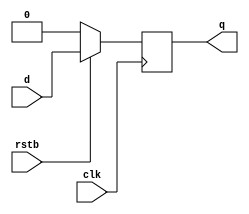
module dff (
    input d, rstb, clk,
    output reg q);

always @(posedge clk) begin
    if (!rstb)
        q <= 0;
    else
        q <= d;
end

endmodule


module tb_;

    reg clk;
    reg rstb;
    reg d;

    wire q;

    dff uut (
        .d(d),
        .rstb(rstb),
        .clk(clk),
        .q(q)
    );

    always #2 clk = ~clk;

    initial begin
        $monitor ("d=%b, rstb=%b, clk=%b, q=%b", d, rstb, clk, q);

        {clk, rstb, d} = 0;
        #2 rstb <= 1;
        #25;
        d <= 1;
        #25;
        rstb <= 0;
        #10;

        #50 $finish;
    end

endmodule